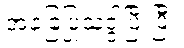
အခြေပြုသဒ္ဒါပြီးပြီ။